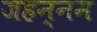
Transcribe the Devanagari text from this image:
जहन्नम